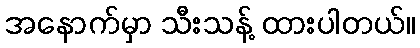
အနောက်မှာ သီးသန့် ထားပါတယ်။